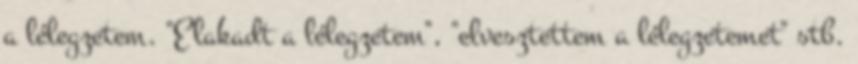
a lélegzetem. "Elakadt a lélegzetem", "elvesztettem a lélegzetemet" stb.